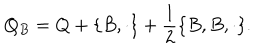
LaTeX: Q _ { B } = Q + \{ B , \cdot \} + \frac 1 2 \{ B , B , \cdot \} .